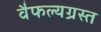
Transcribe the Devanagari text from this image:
वैफल्यग्रस्त